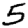
Digit: 5